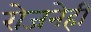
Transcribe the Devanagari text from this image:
रोजनेही